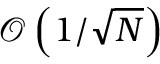
\mathcal { O } \left( 1 / \sqrt { N } \right)